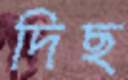
দিছ